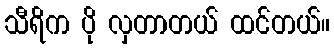
သီရိက ပို လှတာတယ် ထင်တယ်။